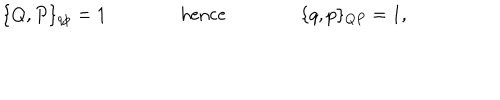
\{ Q , P \} _ { q p } = 1 \qquad \qquad \mathrm { h e n c e } \qquad \qquad \{ q , p \} _ { Q P } = 1 ,